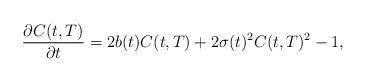
LaTeX: \begin{align*}\frac{\partial C(t,T)}{\partial t}=2b(t)C(t,T)+2\sigma (t)^{2}C(t,T)^2-1, \end{align*}